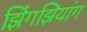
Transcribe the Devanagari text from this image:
झिंगझियांग